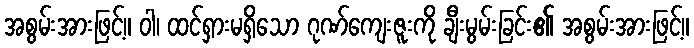
အစွမ်းအားဖြင့်။ ဝါ၊ ထင်ရှားမရှိသော ဂုဏ်ကျေးဇူးကို ချီးမွမ်းခြင်း၏ အစွမ်းအားဖြင့်။